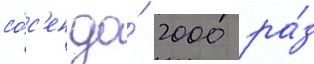
со́с'ен до́ 2000 ра́з